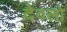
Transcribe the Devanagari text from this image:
देवलो